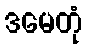
ဒမေတုံ